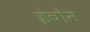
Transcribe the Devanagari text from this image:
इंचोन